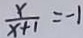
\frac { x } { x + 1 } = - 1